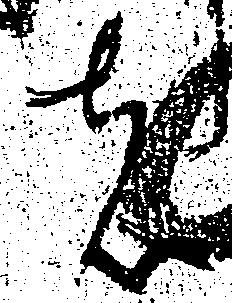
は